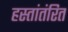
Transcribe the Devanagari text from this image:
हस्तांतंरित